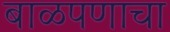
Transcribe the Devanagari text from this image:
बाळपणाचा